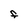
Character: F